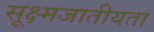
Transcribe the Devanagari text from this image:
सूक्ष्मजातीयता